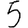
Digit: 5